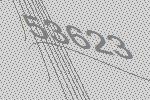
53623